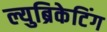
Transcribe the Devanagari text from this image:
ल्युब्रिकेटिंग